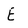
Character: E